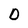
Character: D